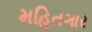
મહિતગાર